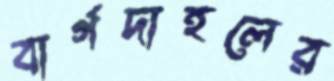
বার্গদাহলের